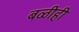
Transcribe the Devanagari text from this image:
बळीही